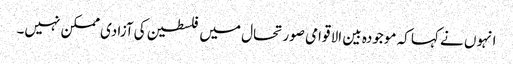
انہوں نے کہا کہ موجودہ بین الا قوامی صورتحال میں فلسطین کی آزادی ممکن نہیں۔